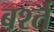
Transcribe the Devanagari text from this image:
बर्श्त